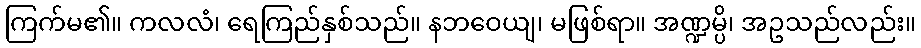
ကြက်မ၏။ ကလလံ၊ ရေကြည်နှစ်သည်။ နဘဝေယျ၊ မဖြစ်ရာ။ အဏ္ဍမ္ပိ၊ အဥသည်လည်း။